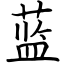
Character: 蓝